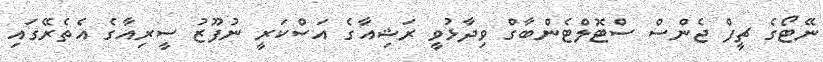
ނޭޓޯގެ ޗީފް ޖެންސް ސްޓޮލްޓެންބާގް ވިދާޅުވީ ރަޝިއާގެ އަސްކަރީ ނުފޫޒު ސީރިއާގެ އެތެރޭގައި